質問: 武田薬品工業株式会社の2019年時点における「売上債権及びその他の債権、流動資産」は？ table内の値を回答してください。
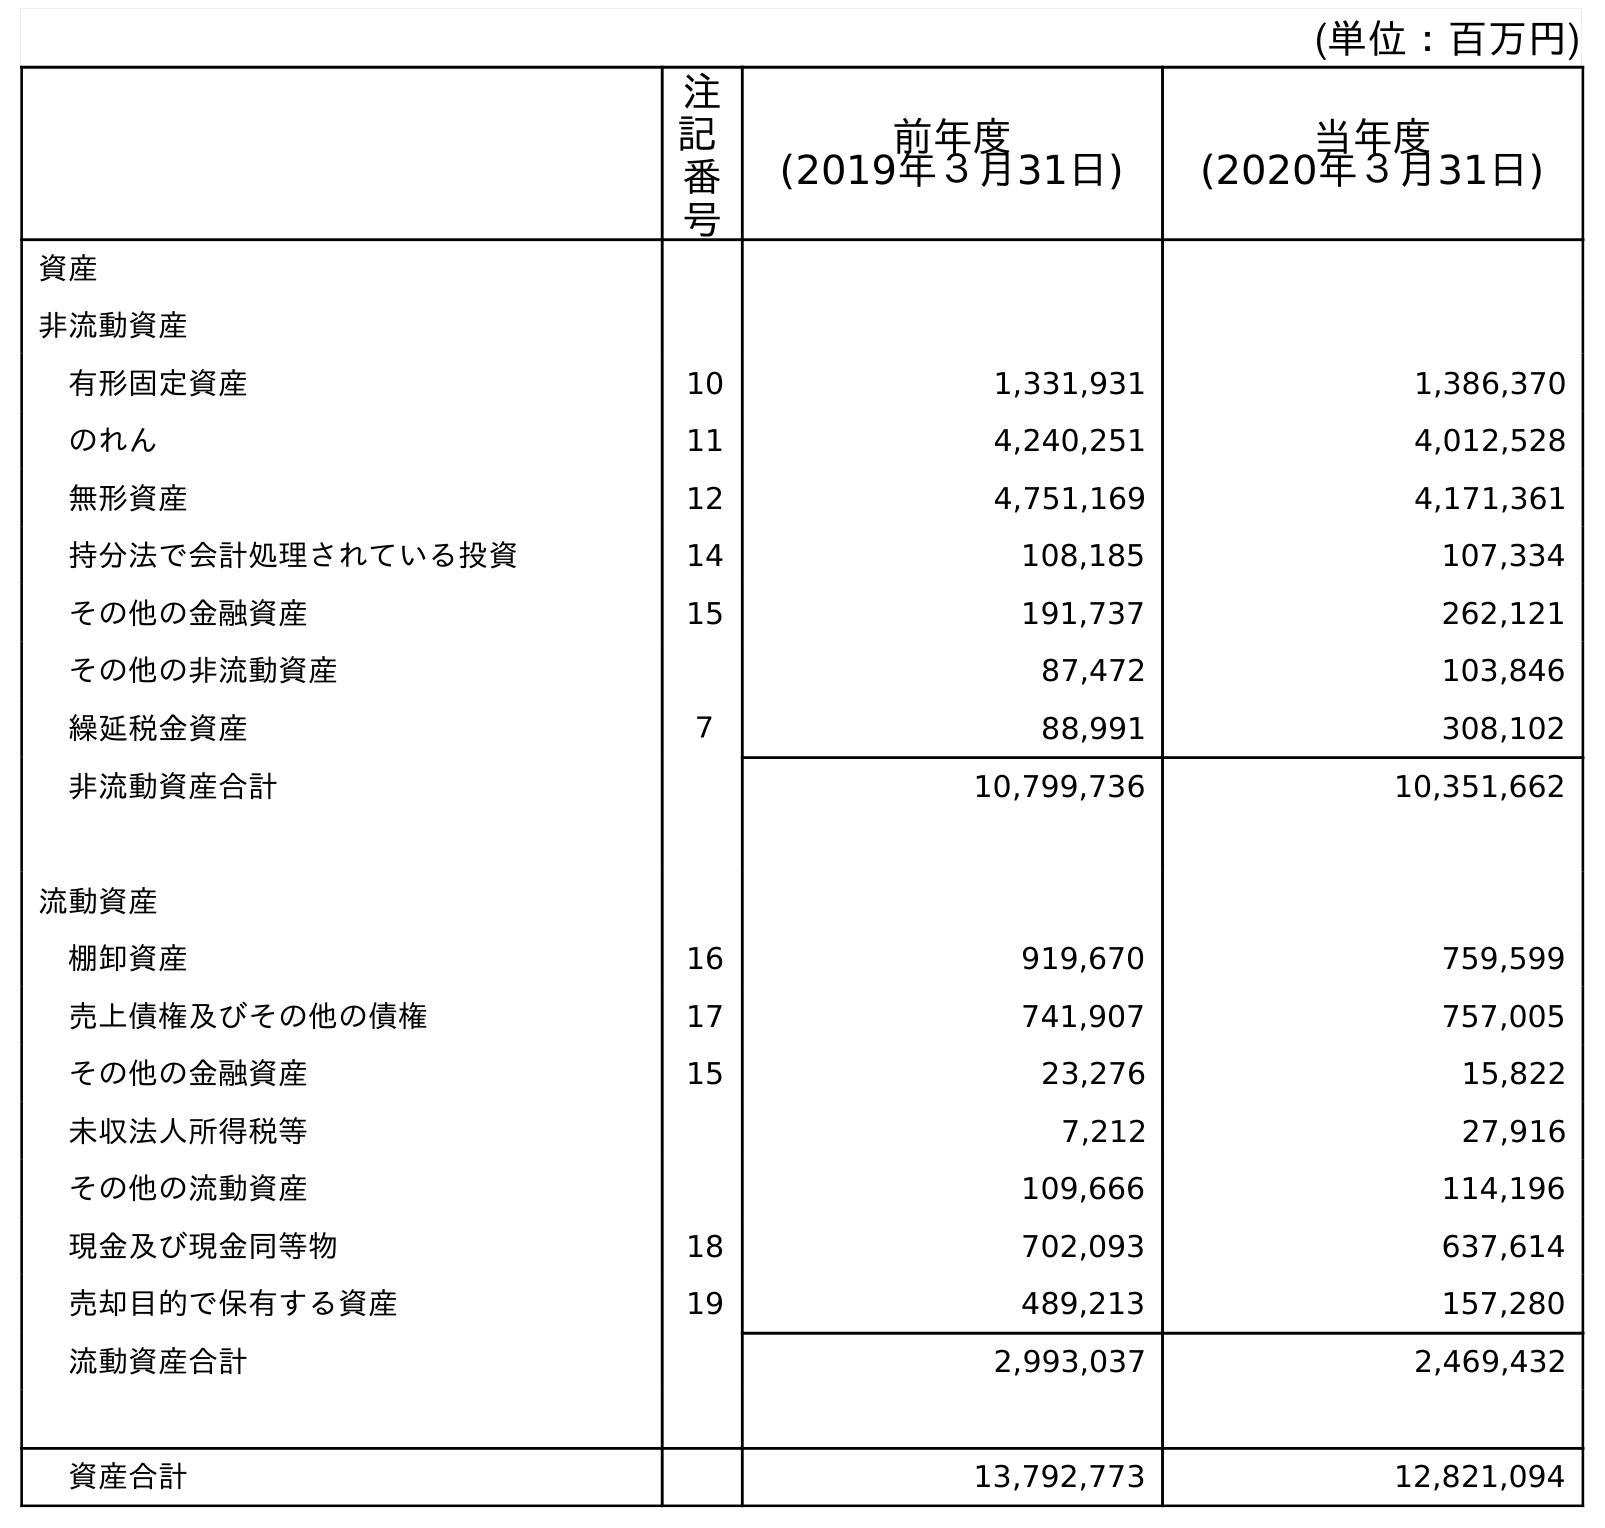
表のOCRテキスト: (単位：百万円) 注 記 番 号 前年度 (2019年３月31日) 当年度 (2020年３月31日) 資産 非流動資産 有形固定資産 10 1,331,931 1,386,370 のれん 11 4,240,251 4,012,528 無形資産 12 4,751,169 4,171,361 持分法で会計処理されている投資 14 108,185 107,334 その他の金融資産 15 191,737 262,121 その他の非流動資産 87,472 103,846 繰延税金資産 ７ 88,991 308,102 非流動資産合計 10,799,736 10,351,662 流動資産 棚卸資産 16 919,670 759,599 売上債権及びその他の債権 17 741,907 757,005 その他の金融資産 15 23,276 15,822 未収法人所得税等 7,212 27,916 その他の流動資産 109,666 114,196 現金及び現金同等物 18 702,093 637,614 売却目的で保有する資産 19 489,213 157,280 流動資産合計 2,993,037 2,469,432 資産合計 13,792,773 12,821,094
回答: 741,907